Notes on the propagation and cultivation of the medicinal cinchonas, or Peruvian bark trees
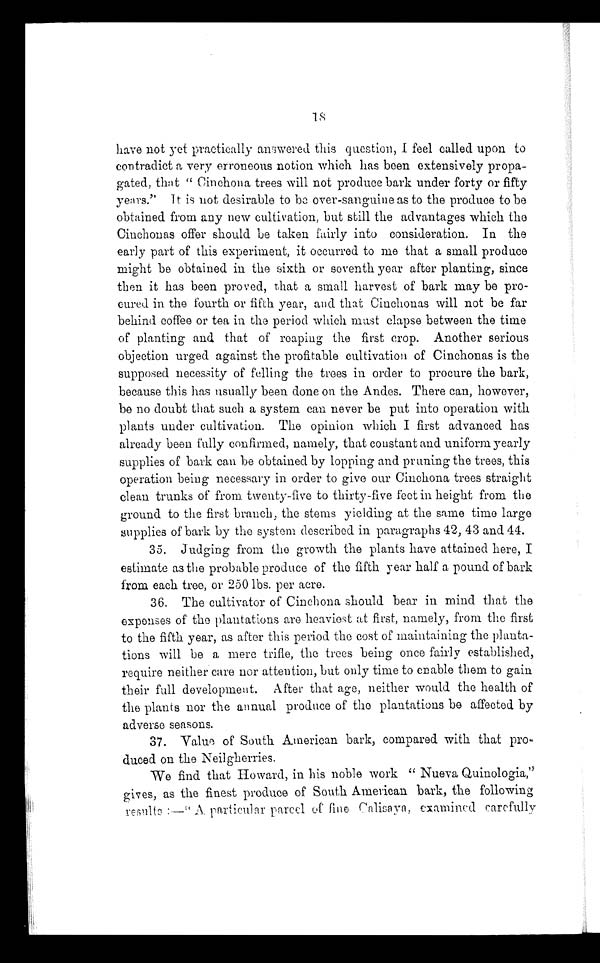
have not yet practically answered this question, I feel called upon to
contradict a very erroneous notion which has been extensively propa-
gated, that " Cinchona trees will not produce bark under forty or fifty
years." It is hot desirable to be over-sanguine as to the produce to be
obtained from any new cultivation, but still the advantages which the
Cinchonas offer should be taken fairly into consideration. In the
early part of this experiment, it occurred to me that a small produce
might be obtained in the sixth or seventh year after planting, since
then it has been proved, that a small harvest of bark may be pro-
cured in the fourth or fifth year, and that Cinchonas will not be far
behind coffee or tea in the period which must elapse between the time
of planting and that of reaping the first crop. Another serious
objection urged against the profitable cultivation of Cinchonas is the
supposed necessity of felling the trees in order to procure the bark,
because this has usually been done on the Andes. There can, however,
be no doubt that such a system can never be put into operation with
plants under cultivation. The opinion which I first advanced has
already been fully confirmed, namely, that constant and uniform yearly
supplies of bark can be obtained by lopping and pruning the trees, this
operation being necessary in order to give our Cinchona trees straight
clean trunks of from twenty-five to thirty-five feet in height from the
ground to the first branch, the stems yielding at the same time large
supplies of bark by the system described in paragraphs 42, 43 and 44.
35. Judging from the growth the plants have attained here, I
estimate as the probable produce of the fifth year half a pound of bark
from each tree, or 250 lbs. per acre.
36. The cultivator of Cinchona should bear in mind that the
expenses of the plantations are heaviest at first, namely, from the first
to the fifth year, as after this period the cost of maintaining the planta-
tions will be a mere trifle, the trees being once fairly established,
require neither care nor attention, but only time to enable them to gain
their full development. After that age, neither would the health of
the plants nor the annual produce of the plantations be affected by
adverse seasons.
37. Value of' South American bark, compared with that pro-
duced on the Neilgherries.
We find that Howard, in his noble work " Nueva Quinologia,"
gives, as the finest produce of South American bark, the following
results:—"A particular parcel of fine Calisaya, examined carefully